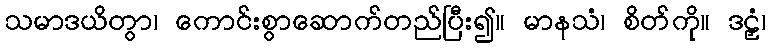
သမာဒယိတွာ၊ ကောင်းစွာဆောက်တည်ပြီး၍။ မာနသံ၊ စိတ်ကို။ ဒဠှံ၊